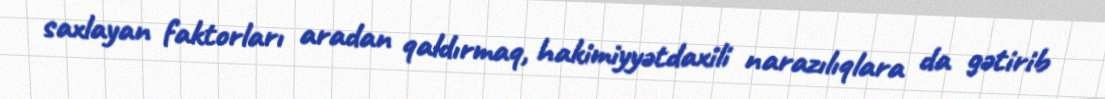
saxlayan faktorları aradan qaldırmaq, hakimiyyətdaxili narazılıqlara da gətirib